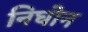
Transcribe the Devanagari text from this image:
निघोन